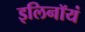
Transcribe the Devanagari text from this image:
इलिनॉयं